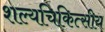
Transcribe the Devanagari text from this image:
शल्यचिकित्सीय